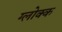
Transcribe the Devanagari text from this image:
ग्लोक्क